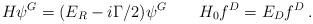
LaTeX: \begin{align*}H\psi^G=(E_R-i\Gamma/2)\psi^G\qquad H_0 f^D=E_D f^D\,.\end{align*}